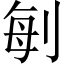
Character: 𠜮